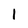
Character: 1